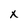
Character: x